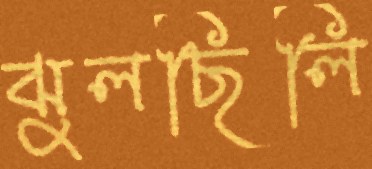
ঝুলছিলি